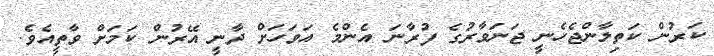
ކަރުން ކަތިލާންޖެހެނީ ޖަނަވާރުގެ ފުރާނަ އެންމެ އަވަހަށް ދާނީ އޭރުން ކަމަށް ވާތީއެވެ.